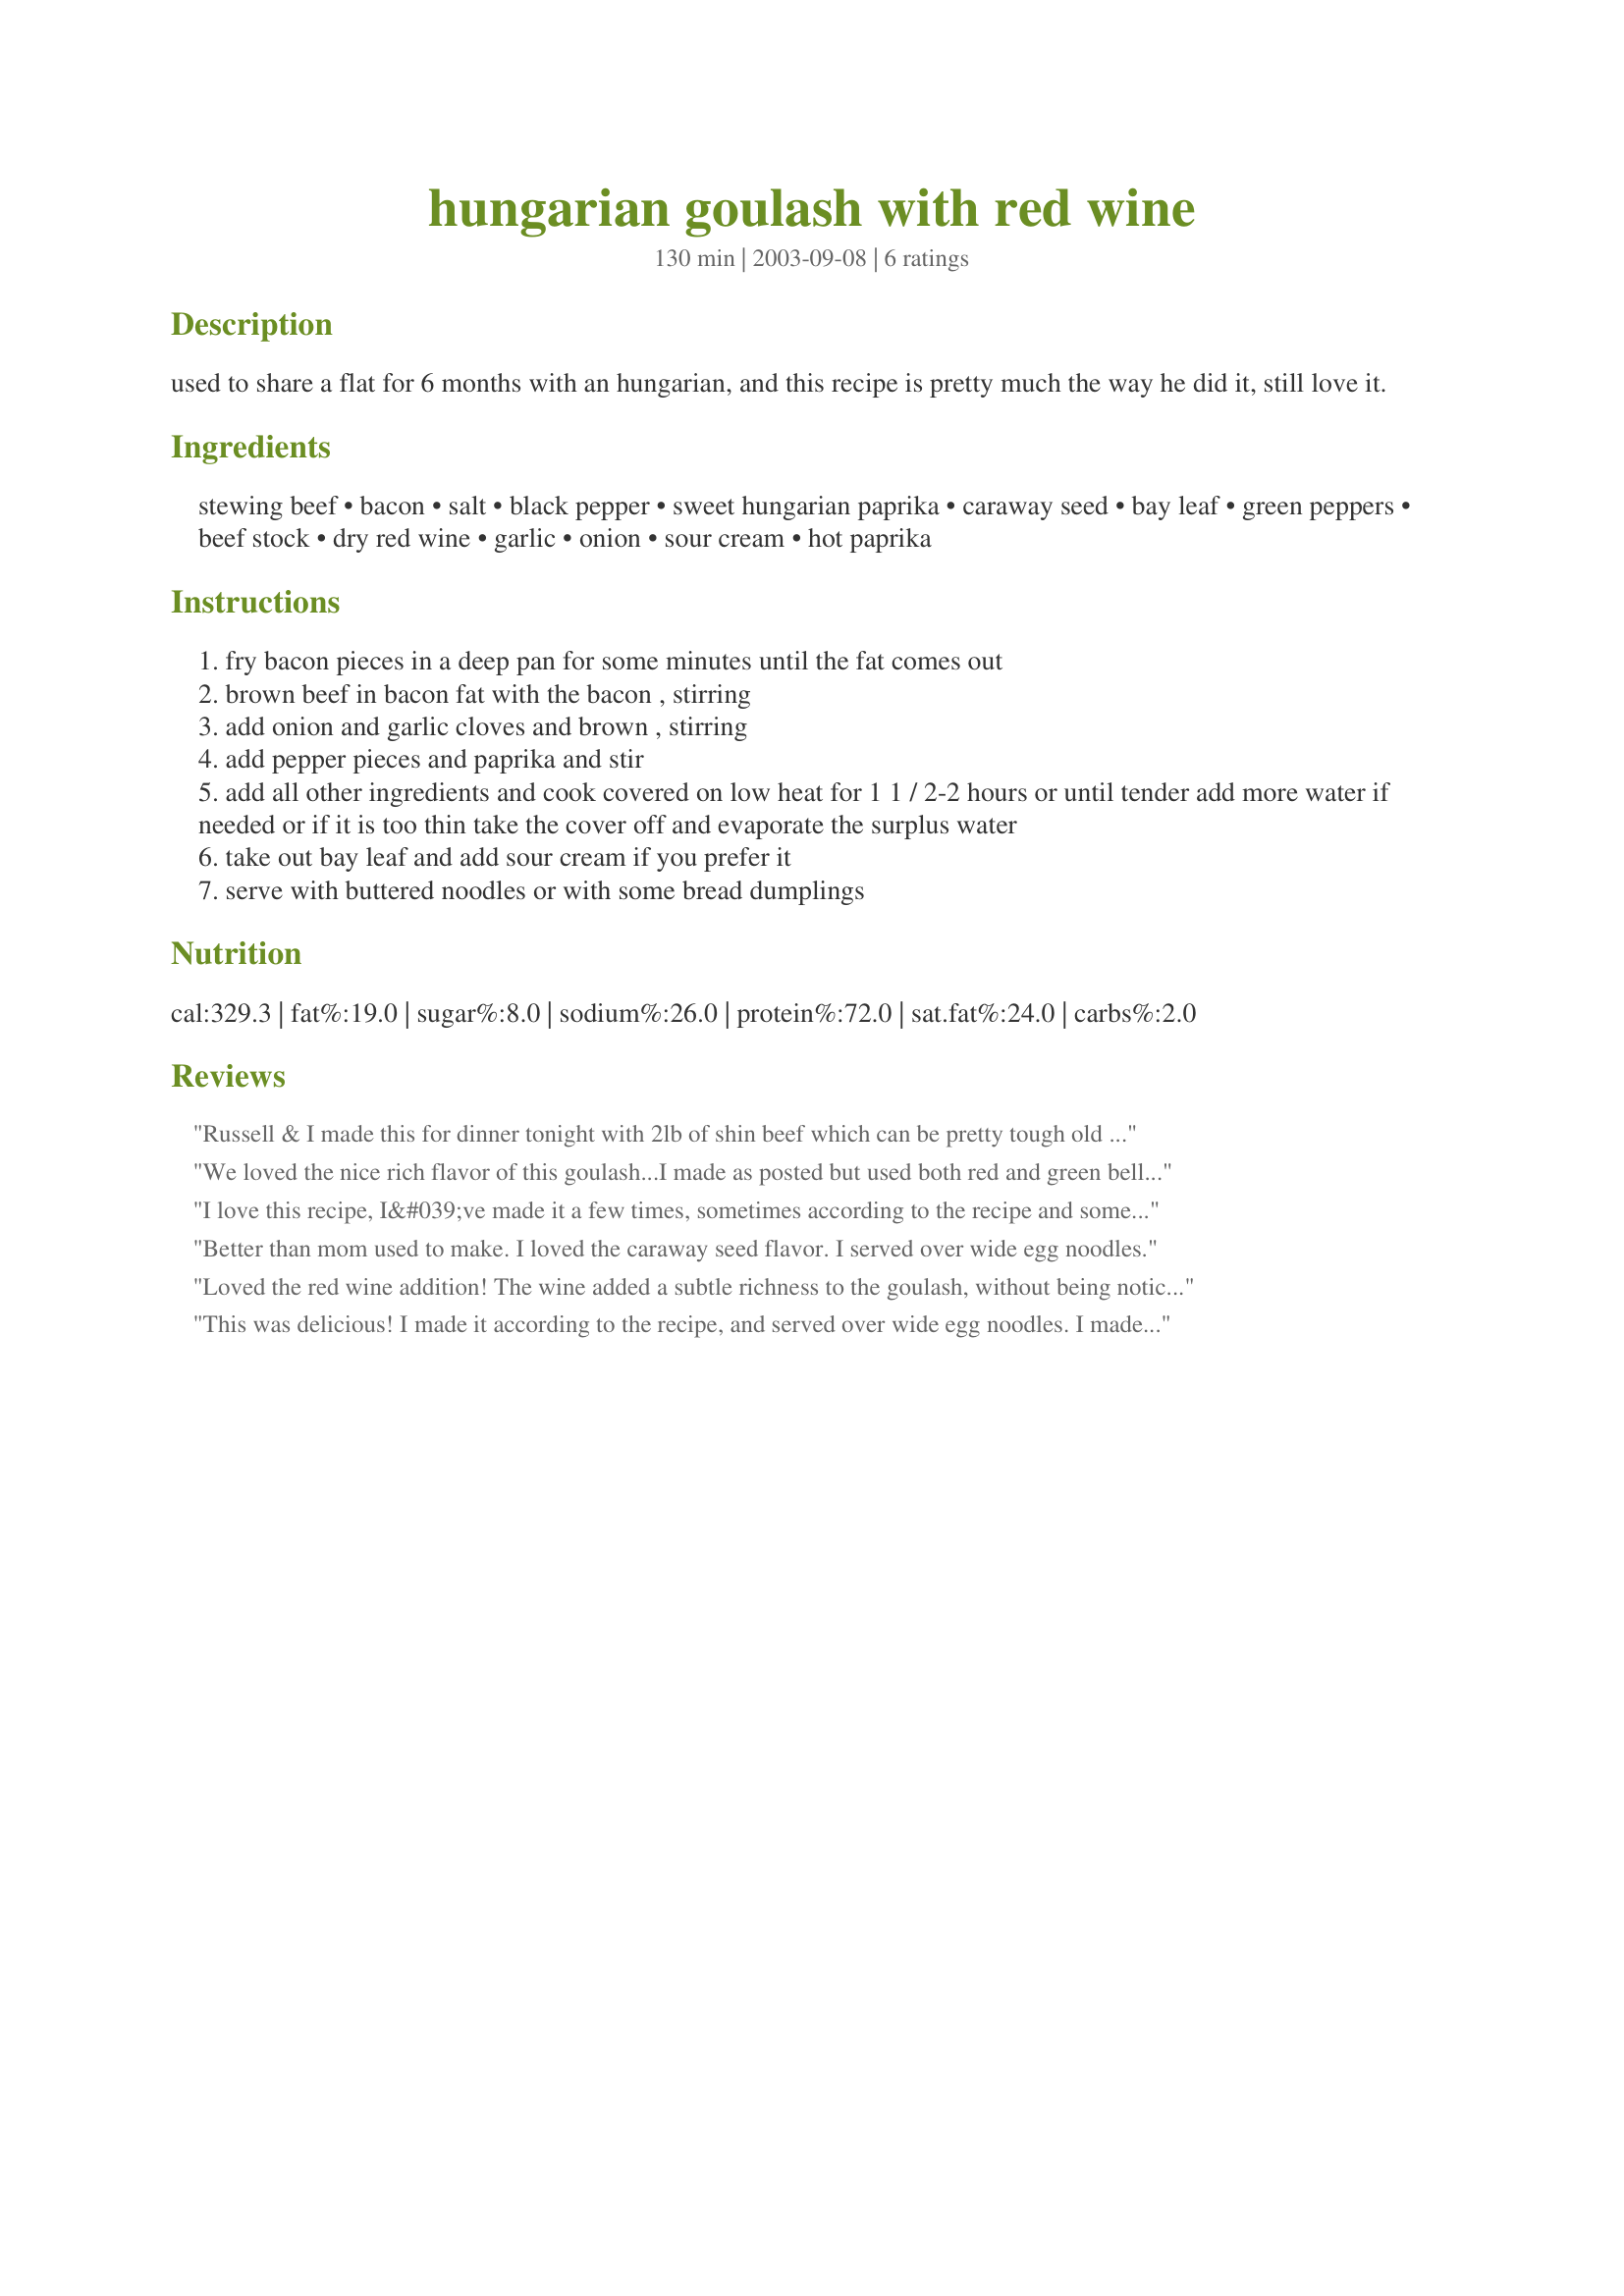
hungarian goulash with red wine
Preparation time: 130 minutes

used to share a flat for 6 months with an hungarian, and this recipe is pretty much the way he did it, still love it.

Ingredients:
stewing beef, bacon, salt, black pepper, sweet hungarian paprika, caraway seed, bay leaf, green peppers, beef stock, dry red wine, garlic, onion, sour cream, hot paprika

Steps:
fry bacon pieces in a deep pan for some minutes until the fat comes out
brown beef in bacon fat with the bacon , stirring
add onion and garlic cloves and brown , stirring
add pepper pieces and paprika and stir
add all other ingredients and cook covered on low heat for 1 1 / 2-2 hours or until tender add more water if needed or if it is too thin take the cover off and evaporate the surplus water
take out bay leaf and add sour cream if you prefer it
serve with buttered noodles or with some bread dumplings

Reviews:
Russell & I made this for dinner tonight with 2lb of shin beef which can be pretty tough old stuff. We used everything, including the red wine and the sour cream, but we added half a 16oz can of tomatoes that needed to be used. The shin beef needed to be cooked for 3 hours, then it melted in our mouths. We ate this with mashed potato and mashed pumpkin and steamed greens. YUM. This was a great recipe as we had every ingredient needed on hand. Post some more Newbee please!
We loved the nice rich flavor of this goulash...I made as posted but used both red and green bell peppers...the meat was so tender it melted in your mouth...I served it over Spatzle...delicious...thanks for posting it...it's a keeper! =)
I love this recipe, I&#039;ve made it a few times, sometimes according to the recipe and sometimes I add potatoes and extra paprika. It&#039;s delicious every time!
Better than mom used to make. I loved the caraway seed flavor. I served over wide egg noodles.
Loved the red wine addition! The wine added a subtle richness to the goulash, without being noticeable or overpowering. Skipped the bacon, bell peppers and caraway and it was still awesome. Served over wide egg noodles and mixed veggies, with a sprinkle of fresh snipped parsley and dollop of sour cream. Superb! Thanks for sharing your recipe.
This was delicious! I made it according to the recipe, and served over wide egg noodles. I made soup out of the leftovers by adding some broth and veggies, and it was just as yummy! Thank you for posting this!
